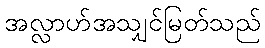
အလ္လာဟ်အသျှင်မြတ်သည်